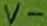
Text: v-